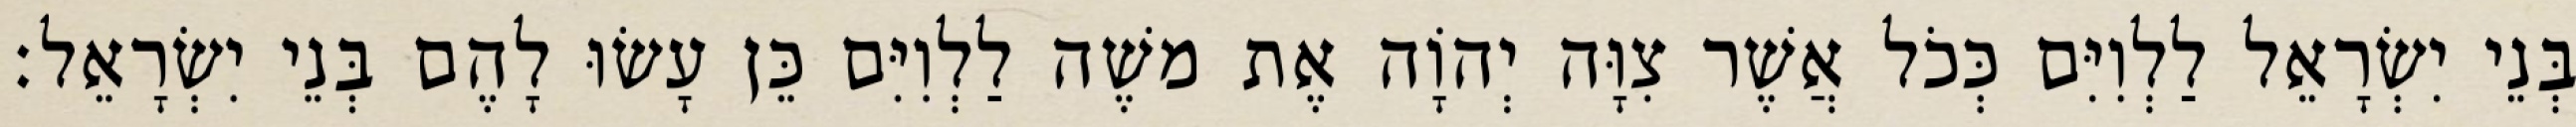
בְּנֵי יִשְׂרָאֵל לַלְוִיִּם כְּכֹל אֲשֶׁר צִוָּה יְהוָֹה אֶת משֶׁה לַלְוִיִּם כֵּן עָשׂוּ לָהֶם בְּנֵי יִשְׂרָאֵל׃